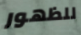
للظهور